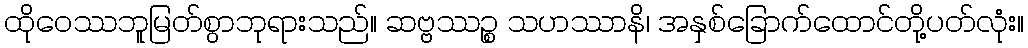
ထိုဝေဿဘူမြတ်စွာဘုရားသည်။ ဆဗ္ဗဿဉ္စ သဟဿာနိ၊ အနှစ်ခြောက်ထောင်တို့ပတ်လုံး။